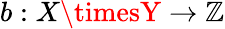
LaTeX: b:X\timesY\to\mathbb{Z}